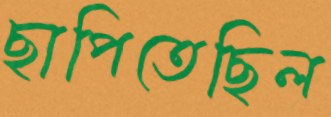
ছাপিতেছিল